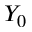
Y _ { 0 }